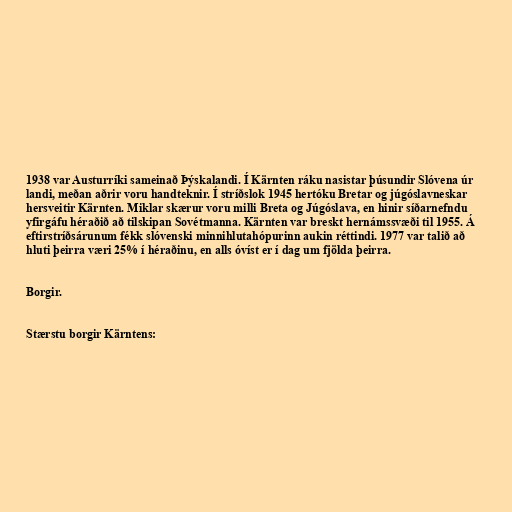
1938 var Austurríki sameinað Þýskalandi. Í Kärnten ráku nasistar þúsundir Slóvena úr
landi, meðan aðrir voru handteknir. Í stríðslok 1945 hertóku Bretar og júgóslavneskar
hersveitir Kärnten. Miklar skærur voru milli Breta og Júgóslava, en hinir síðarnefndu
yfirgáfu héraðið að tilskipan Sovétmanna. Kärnten var breskt hernámssvæði til 1955. Á
eftirstríðsárunum fékk slóvenski minnihlutahópurinn aukin réttindi. 1977 var talið að
hluti þeirra væri 25% í héraðinu, en alls óvíst er í dag um fjölda þeirra.

Borgir.

Stærstu borgir Kärntens: